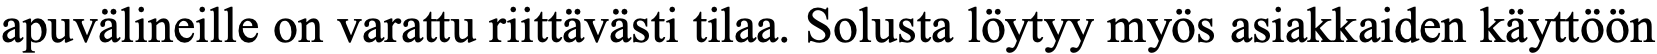
apuvälineille on varattu riittävästi tilaa. Solusta löytyy myös asiakkaiden käyttöön